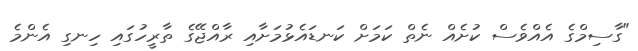
"ގާސިމްގެ އެއްވެސް ކުށެއް ނެތް ކަމަށް ކަނޑައެޅުމަށާއި ރާއްޖޭގެ ތާރީހުގައި ހިނގި އެންމެ